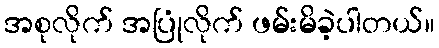
အစုလိုက် အပြုံလိုက် ဖမ်းမိခဲ့ပါတယ်။